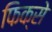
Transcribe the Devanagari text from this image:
फिक्से